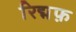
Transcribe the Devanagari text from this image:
रिद्मफ़